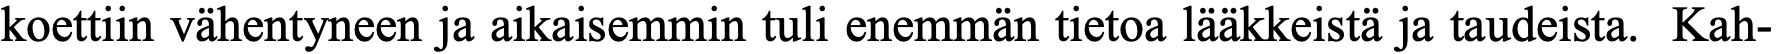
koettiin vähentyneen ja aikaisemmin tuli enemmän tietoa lääkkeistä ja taudeista. Kah-